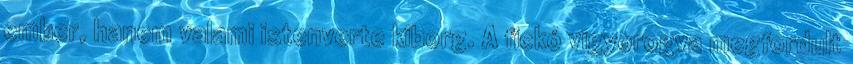
ember, hanem valami istenverte kiborg. A fickó vigyorogva megfordult